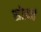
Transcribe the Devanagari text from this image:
सोडनं